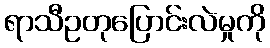
ရာသီဥတုပြောင်းလဲမှုကို